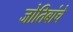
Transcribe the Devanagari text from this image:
जोतिबांचे